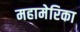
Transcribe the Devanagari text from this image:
महामेरिका